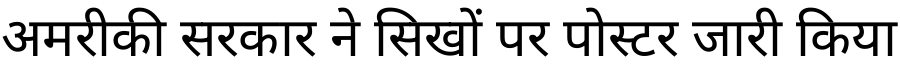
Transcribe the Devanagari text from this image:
अमरीकी सरकार ने सिखों पर पोस्टर जारी किया